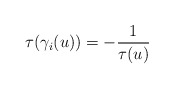
\begin{align*}\tau(\gamma_i(u)) = -\frac{1}{\tau(u)}\end{align*}